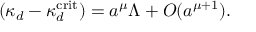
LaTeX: ( \kappa _ { d } - \kappa _ { d } ^ { \mathrm { c r i t } } ) = a ^ { \mu } \Lambda + O ( a ^ { \mu + 1 } ) .